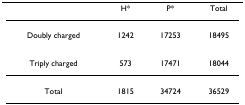
<table><thead><tr><td></td><td><b>H*</b></td><td><b>P*</b></td><td><b>Total</b></td></tr></thead><tbody><tr><td>Doubly charged</td><td>1242</td><td>17253</td><td>18495</td></tr><tr><td>Triply charged</td><td>573</td><td>17471</td><td>18044</td></tr><tr><td>Total</td><td>1815</td><td>34724</td><td>36529</td></tr></tbody></table>